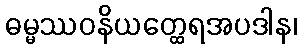
ဓမ္မဿဝနိယတ္ထေရအပဒါန၊